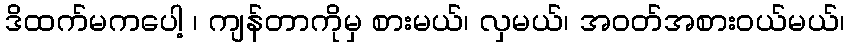
ဒိထက်မကပေါ့ ၊ ကျန်တာကိုမှ စားမယ်၊ လှမယ်၊ အဝတ်အစားဝယ်မယ်၊